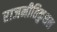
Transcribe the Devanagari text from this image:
राजनीतिकुशल